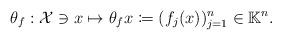
LaTeX: \begin{align*} \theta_f:\mathcal{X}\ni x \mapsto \theta_fx\coloneqq (f_j(x))_{j=1}^n \in \mathbb{K}^n. \end{align*}